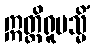
ဣတ္ထိရူပသ္မိံ